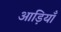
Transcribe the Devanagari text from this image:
आड़ियाँ